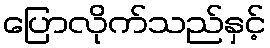
ပြောလိုက်သည်နှင့်